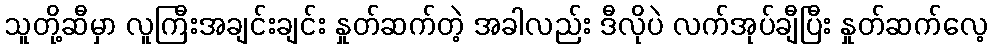
သူတို့ဆီမှာ လူကြီးအချင်းချင်း နှုတ်ဆက်တဲ့ အခါလည်း ဒီလိုပဲ လက်အုပ်ချီပြီး နှုတ်ဆက်လေ့